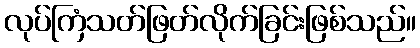
လုပ်ကြံသတ်ဖြတ်လိုက်ခြင်းဖြစ်သည်။